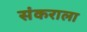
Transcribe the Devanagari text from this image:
संकराला